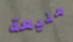
منيعة